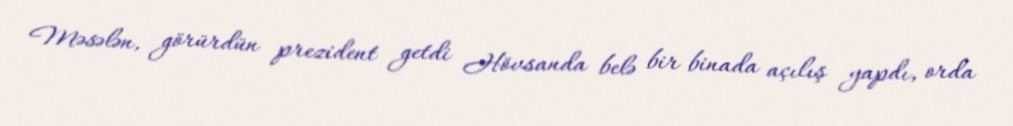
Məsələn, görürdün prezident getdi Hövsanda belə bir binada açılış yapdı, orda